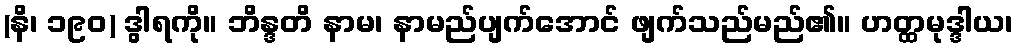
(နိ၊ ၁၉၀) ဒွါရကို။ ဘိန္ဒတိ နာမ၊ နာမည်ပျက်အောင် ဖျက်သည်မည်၏။ ဟတ္ထမုဒ္ဒါယ၊